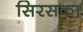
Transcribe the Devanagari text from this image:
सिरसका